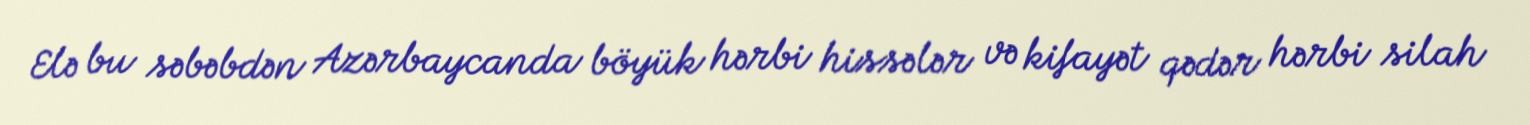
Elə bu səbəbdən Azərbaycanda böyük hərbi hissələr və kifayət qədər hərbi silah